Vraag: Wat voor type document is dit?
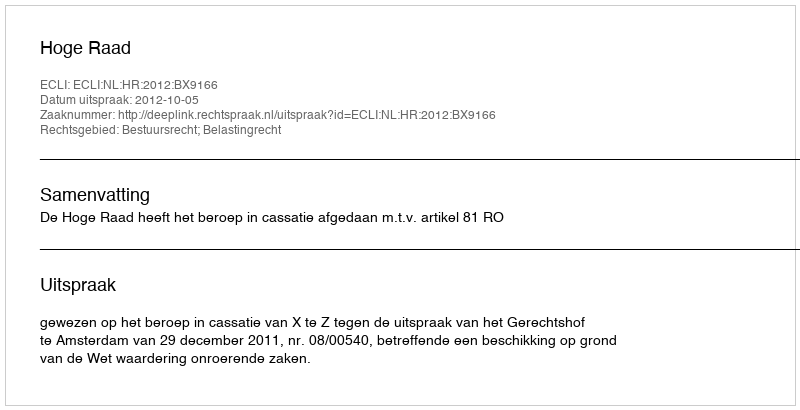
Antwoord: Uitspraak